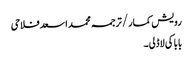
رویش کمار/ترجمہ محمد اسعد فلاحی
بابا کی لاڈلی۔